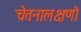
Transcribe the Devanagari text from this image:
चेतनालक्षणो